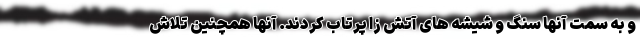
و به سمت آنها سنگ و شیشه های آتش زا پرتاب کردند. آنها همچنین تلاش